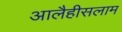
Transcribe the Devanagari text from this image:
आलैहीसलाम